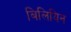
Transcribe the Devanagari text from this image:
बिलियिन